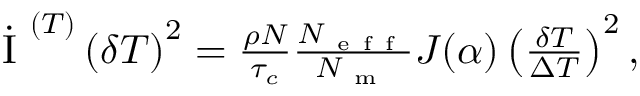
\begin{array} { r } { \dot { \mathrm { ~ I ~ } } ^ { ( T ) } \left( \delta T \right) ^ { 2 } = \frac { \rho N } { \tau _ { c } } \frac { N _ { \mathrm { ~ e ~ f ~ f ~ } } } { N _ { \mathrm { ~ m ~ } } } J ( \alpha ) \left( \frac { \delta T } { \Delta T } \right) ^ { 2 } , } \end{array}